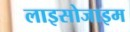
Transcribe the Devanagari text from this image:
लाइसोजाइम